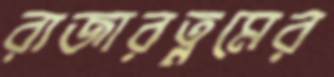
রাজারত্নমের